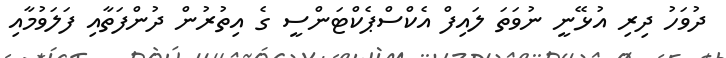
ދުވަހު ދިރި އުޅޭނީ ނުވަތަ ލައިފް އެކްސްޕެކްޓަންސީ ގެ އިތުރުން ދުންފަތާއި ފަލަވުމާއި